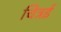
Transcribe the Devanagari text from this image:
चित्रई